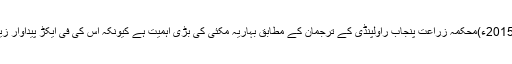
24 جنوری 2015ء)محکمہ زراعت پنجاب راولپنڈی کے ترجمان کے مطابق بہاریہ مکئی کی بڑی اہمیت ہے کیونکہ اس کی فی ایکڑ پیداوار زیادہ ہوتی ہے۔